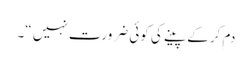
دم کرکے پینے کی کوئی ضرورت نہیں “۔